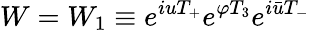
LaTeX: W=W_{1}\equiv e^{iuT_{+}}e^{\varphi T_{3}}e^{i\bar{u}T_{-}}